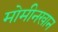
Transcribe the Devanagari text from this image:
मोमीनखान